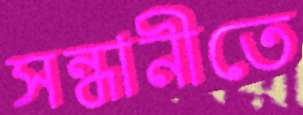
সন্ধানীতে